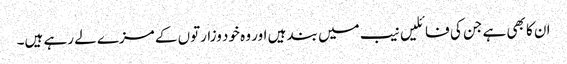
ان کا بھی ہے جن کی فائلیں نیب میں بند ہیں اور وہ خود وزارتوں کے مزے لے رہے ہیں۔